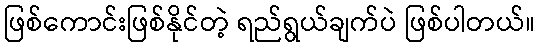
ဖြစ်ကောင်းဖြစ်နိုင်တဲ့ ရည်ရွယ်ချက်ပဲ ဖြစ်ပါတယ်။